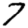
Digit: 7